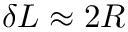
\delta L \approx 2 R